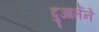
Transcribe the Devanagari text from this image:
दुआर्तेने